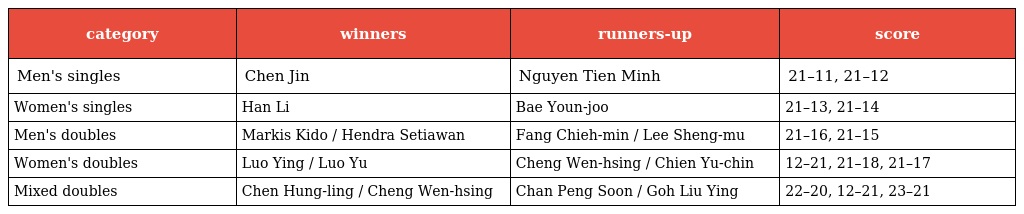
| category | winners | runners-up | score |
 | --- | --- | --- | --- |
 | Men's singles | Chen Jin | Nguyen Tien Minh | 21–11, 21–12 |
 | Women's singles | Han Li | Bae Youn-joo | 21–13, 21–14 |
 | Men's doubles | Markis Kido / Hendra Setiawan | Fang Chieh-min / Lee Sheng-mu | 21–16, 21–15 |
 | Women's doubles | Luo Ying / Luo Yu | Cheng Wen-hsing / Chien Yu-chin | 12–21, 21–18, 21–17 |
 | Mixed doubles | Chen Hung-ling / Cheng Wen-hsing | Chan Peng Soon / Goh Liu Ying | 22–20, 12–21, 23–21 |